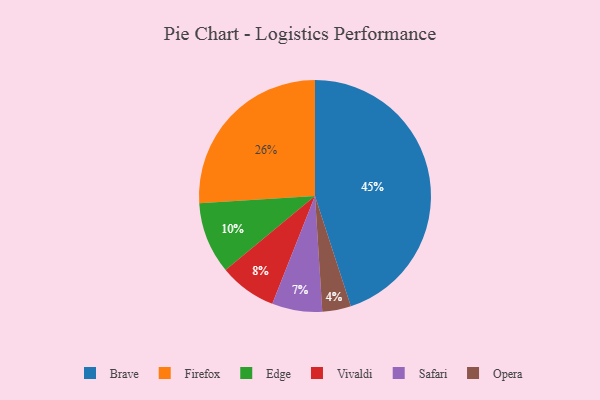
{"axis": {"x": "Category", "y": "Percentage"}, "legend": ["Brave", "Edge", "Firefox", "Opera", "Safari", "Vivaldi"], "data": [{"x": "Vivaldi", "y": 8, "type": "Vivaldi"}, {"x": "Opera", "y": 4, "type": "Opera"}, {"x": "Brave", "y": 45, "type": "Brave"}, {"x": "Safari", "y": 7, "type": "Safari"}, {"x": "Edge", "y": 10, "type": "Edge"}, {"x": "Firefox", "y": 26, "type": "Firefox"}]}